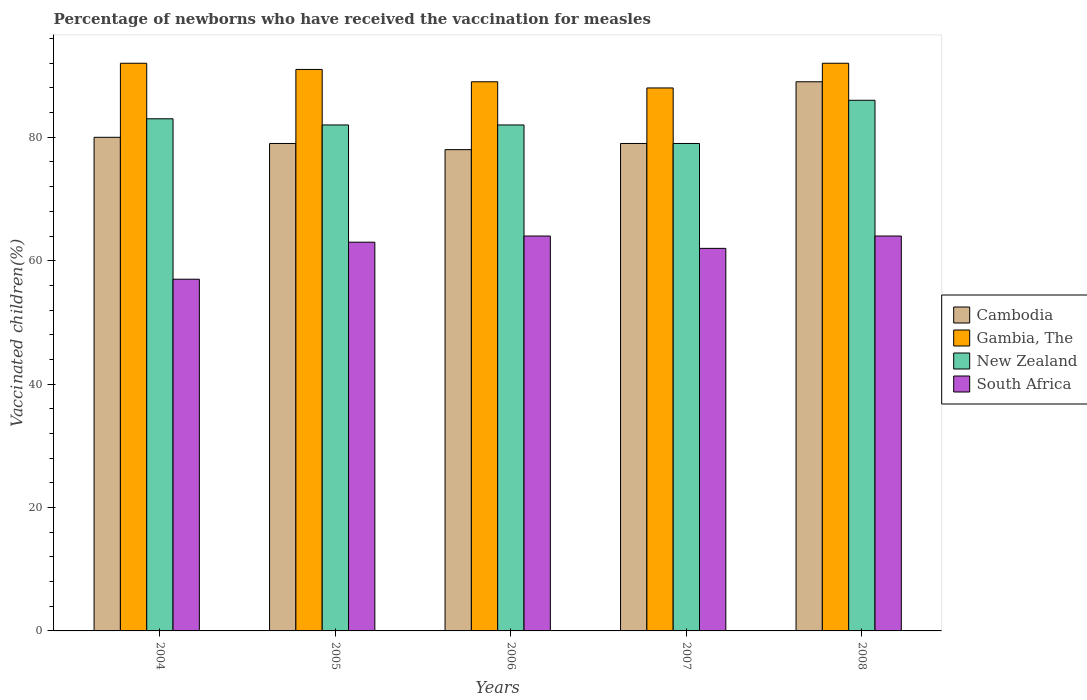
| Years | Cambodia | Gambia, The | New Zealand | South Africa |
 | --- | --- | --- | --- | --- |
 | 2004 | 80 | 92 | 83 | 57 |
 | 2005 | 79 | 91 | 82 | 63 |
 | 2006 | 78 | 89 | 82 | 64 |
 | 2007 | 79 | 88 | 79 | 62 |
 | 2008 | 89 | 92 | 86 | 64 |